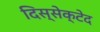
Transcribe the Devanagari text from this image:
दिस्सेक्टेद